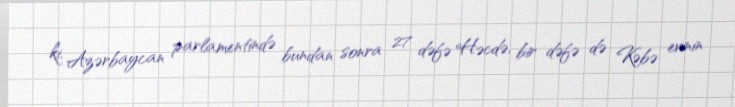
ki, Azərbaycan parlamentində bundan sonra 27 dəfə Həcdə, bir dəfə də Kəbə evinin